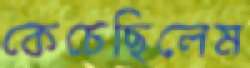
কেচেছিলেম